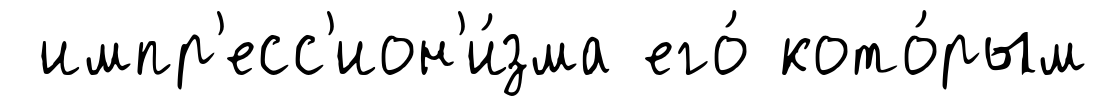
импр'есс'ион'и́зма его́ кото́рым